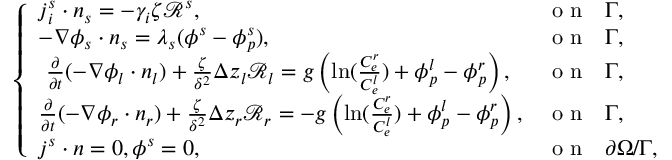
\left\{ \begin{array} { l l } { \boldsymbol { j } _ { i } ^ { s } \cdot \boldsymbol { n } _ { s } = - \gamma _ { i } \zeta \mathcal { R } ^ { s } , } & { \mathrm { ~ o ~ n ~ ~ ~ } \Gamma , } \\ { - \nabla \phi _ { s } \cdot \boldsymbol { n } _ { s } = \lambda _ { s } ( \phi ^ { s } - \phi _ { p } ^ { s } ) , } & { \mathrm { ~ o ~ n ~ ~ ~ } \Gamma , } \\ { ~ \frac { \partial } { \partial t } ( - \nabla \phi _ { l } \cdot \boldsymbol { n _ { l } } ) + \frac { \zeta } { \delta ^ { 2 } } \Delta z _ { l } \mathcal { R } _ { l } = g \left( \ln ( \frac { C _ { e } ^ { r } } { C _ { e } ^ { l } } ) + \phi _ { p } ^ { l } - \phi _ { p } ^ { r } \right) , } & { \mathrm { ~ o ~ n ~ ~ ~ } \Gamma , } \\ { \frac { \partial } { \partial t } ( - \nabla \phi _ { r } \cdot \boldsymbol { n _ { r } } ) + \frac { \zeta } { \delta ^ { 2 } } \Delta z _ { r } \mathcal { R } _ { r } = - g \left( \ln ( \frac { C _ { e } ^ { r } } { C _ { e } ^ { l } } ) + \phi _ { p } ^ { l } - \phi _ { p } ^ { r } \right) , } & { \mathrm { ~ o ~ n ~ ~ ~ } \Gamma , } \\ { \boldsymbol { j } ^ { s } \cdot \boldsymbol { n } = 0 , \phi ^ { s } = 0 , } & { \mathrm { ~ o ~ n ~ ~ ~ } \partial \Omega / \Gamma , } \end{array} \right.